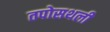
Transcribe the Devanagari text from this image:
तपोसथली